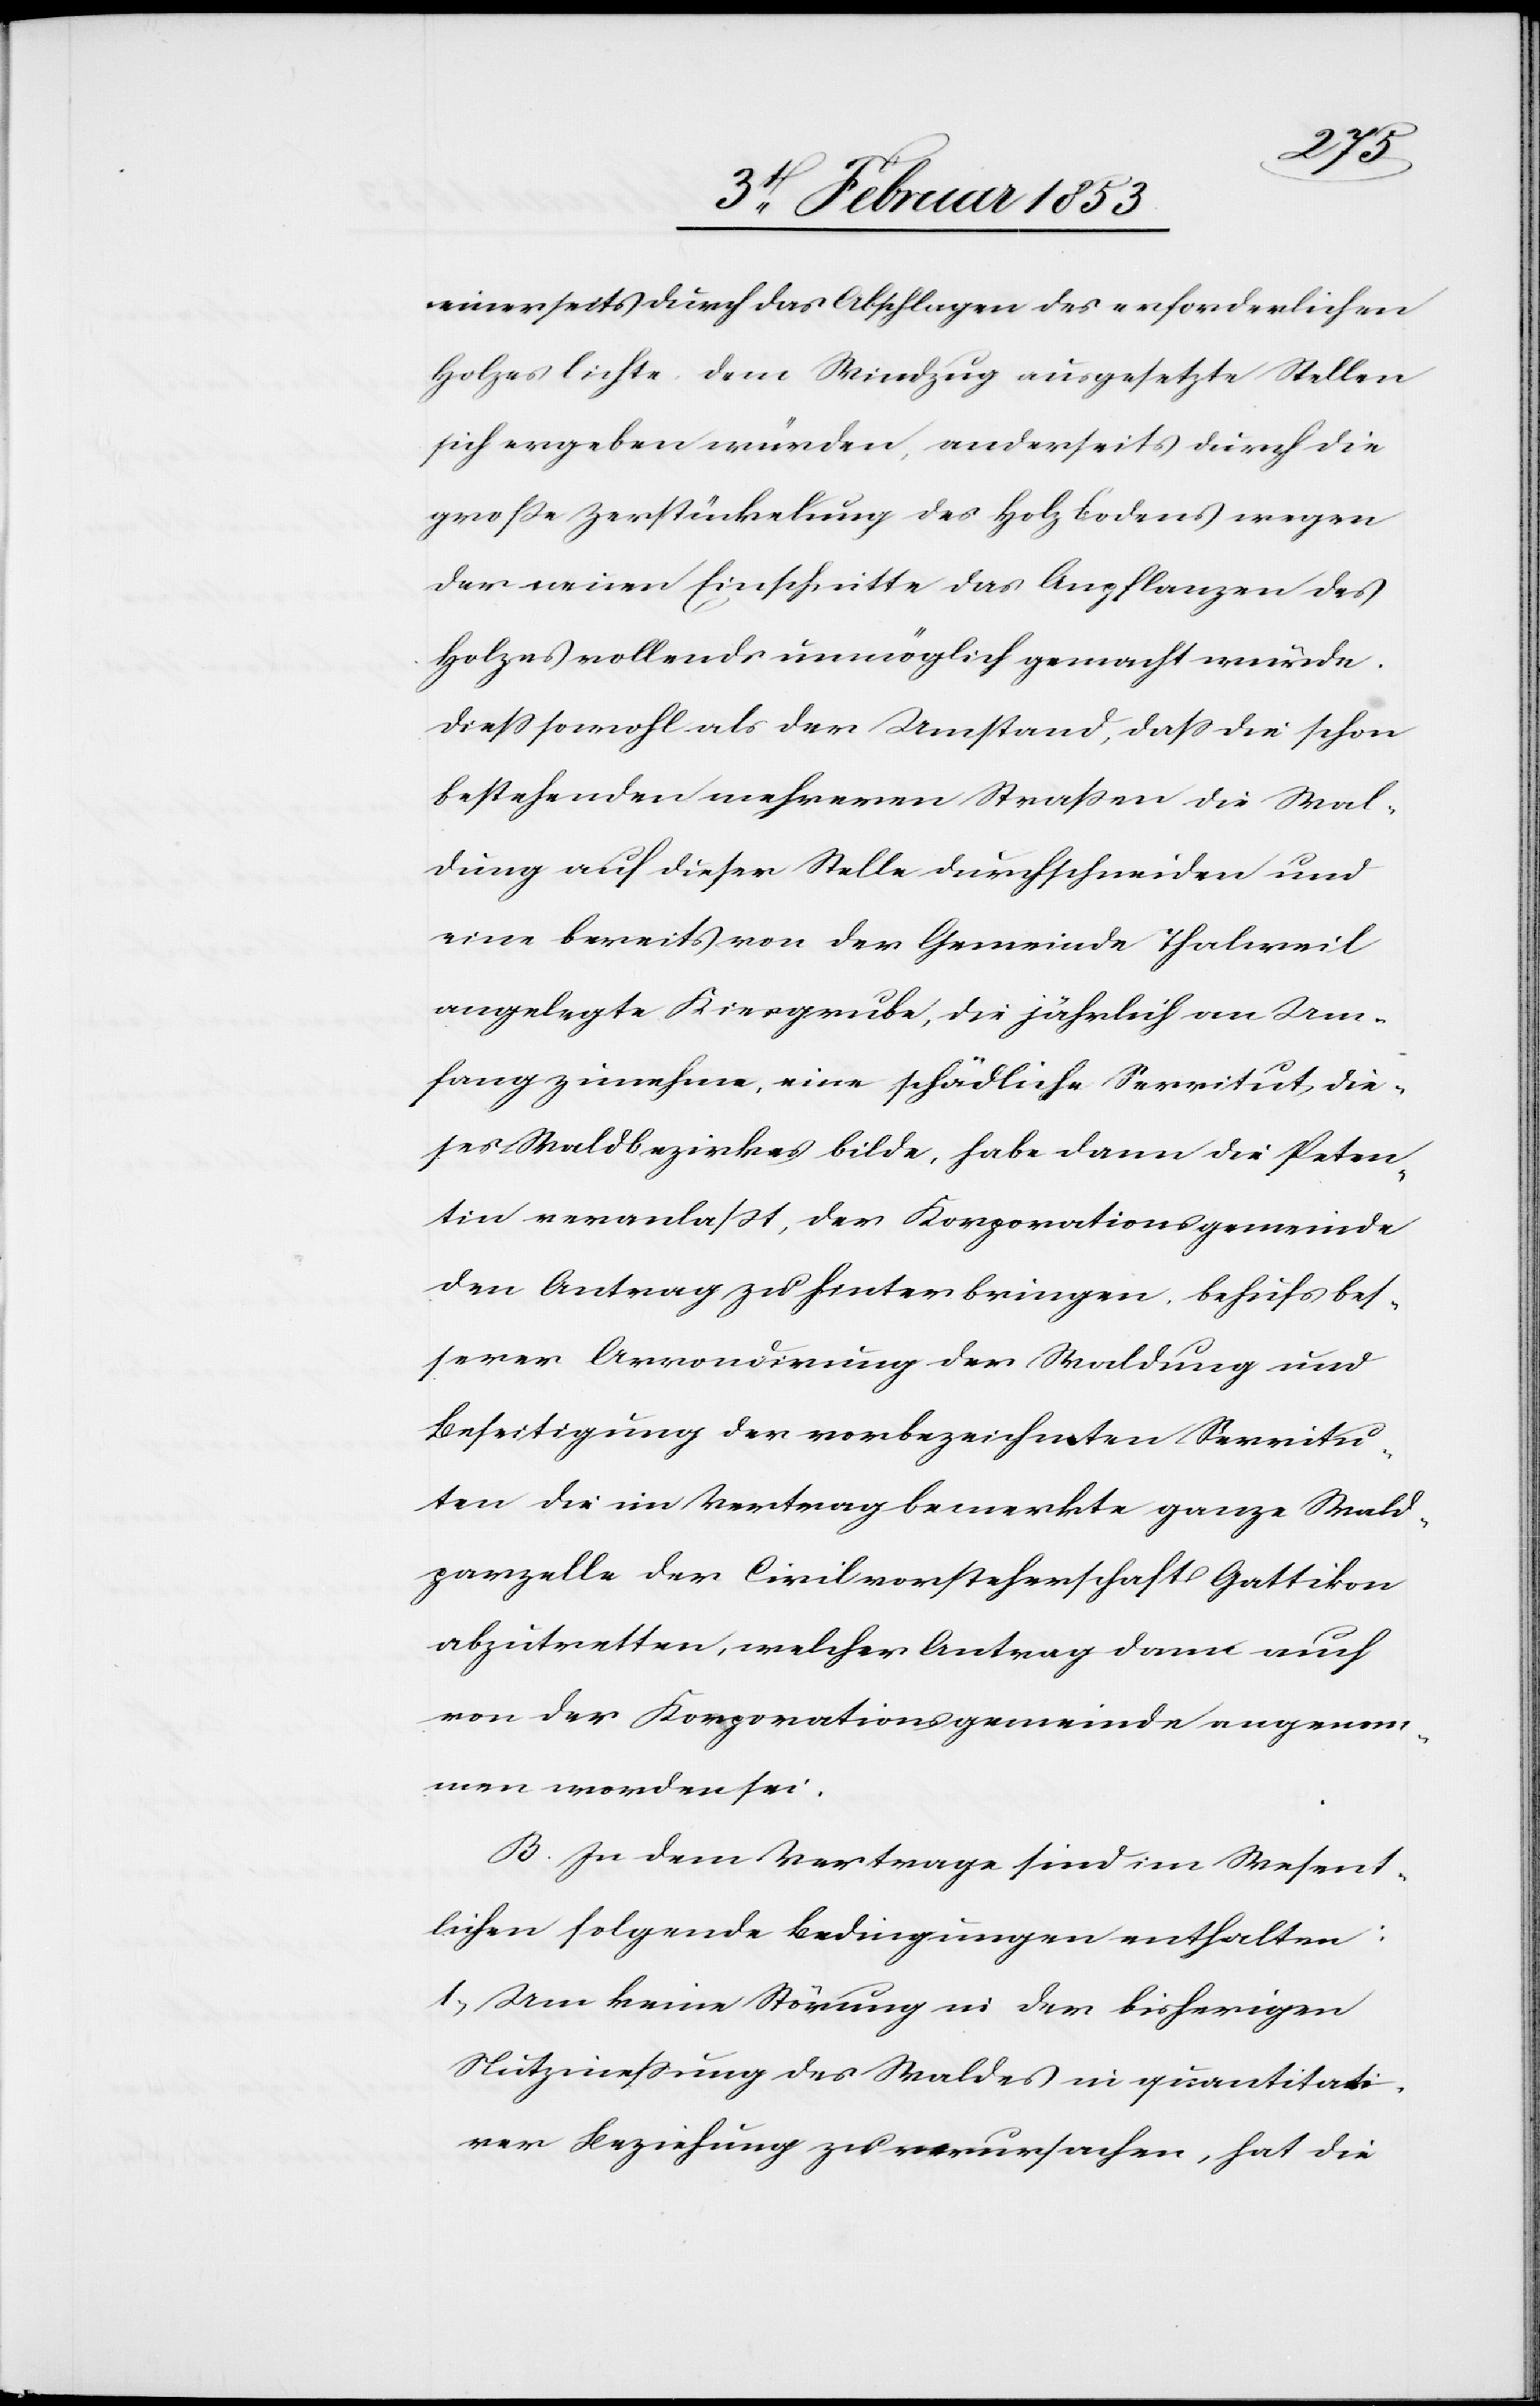
einerseits durch das Abschlagen des erforderlichen
Holzes lichte, dem Windzug ausgesetzte Stellen
sich ergeben würden, anderseits durch die
große Zerstückelung des Holzbodens wegen
der neuen Einschritte das Auspflanzen des
Holzes vollends unmöglich gemacht würde.
Dieß sowohl als der Umstand, daß die schon
bestehenden mehrern Straßen die Wal¬
dung auf dieser Stelle durchschneiden und
eine bereits von der Gemeinde Thalweil
angelegte Kiesgrube, die jährlich an Um¬
fang zunehme, eine schädliche Serritut, die¬
ses Waldbezirkes bilde, habe dann die Peten¬
tin veranlaßt, der Korporationsgemeinde
den Antrag zu hinterbringen. Behufs bes¬
serer Arrondirung der Waldung und
Beseitigung der vorbezeichneten Serritu¬
ten die im Vertrag bemerkte ganze Wald¬
parzelle der Civilvorsteherschaft Gattikon
abzutretten [sic!], welcher Antrag dann auch
von der Korporationsgemeinde angenom¬
men worden sei.
B. In dem Vertrage sind im Wesent¬
lichen folgende Bedingungen enthalten:
1, Um keine Störung in der bisherigen
Nutznießung des Waldes in quantitati¬
ver Beziehung zu verursachen, hat die